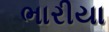
ભારીયા